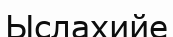
Ыслахийе